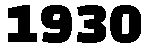
1930